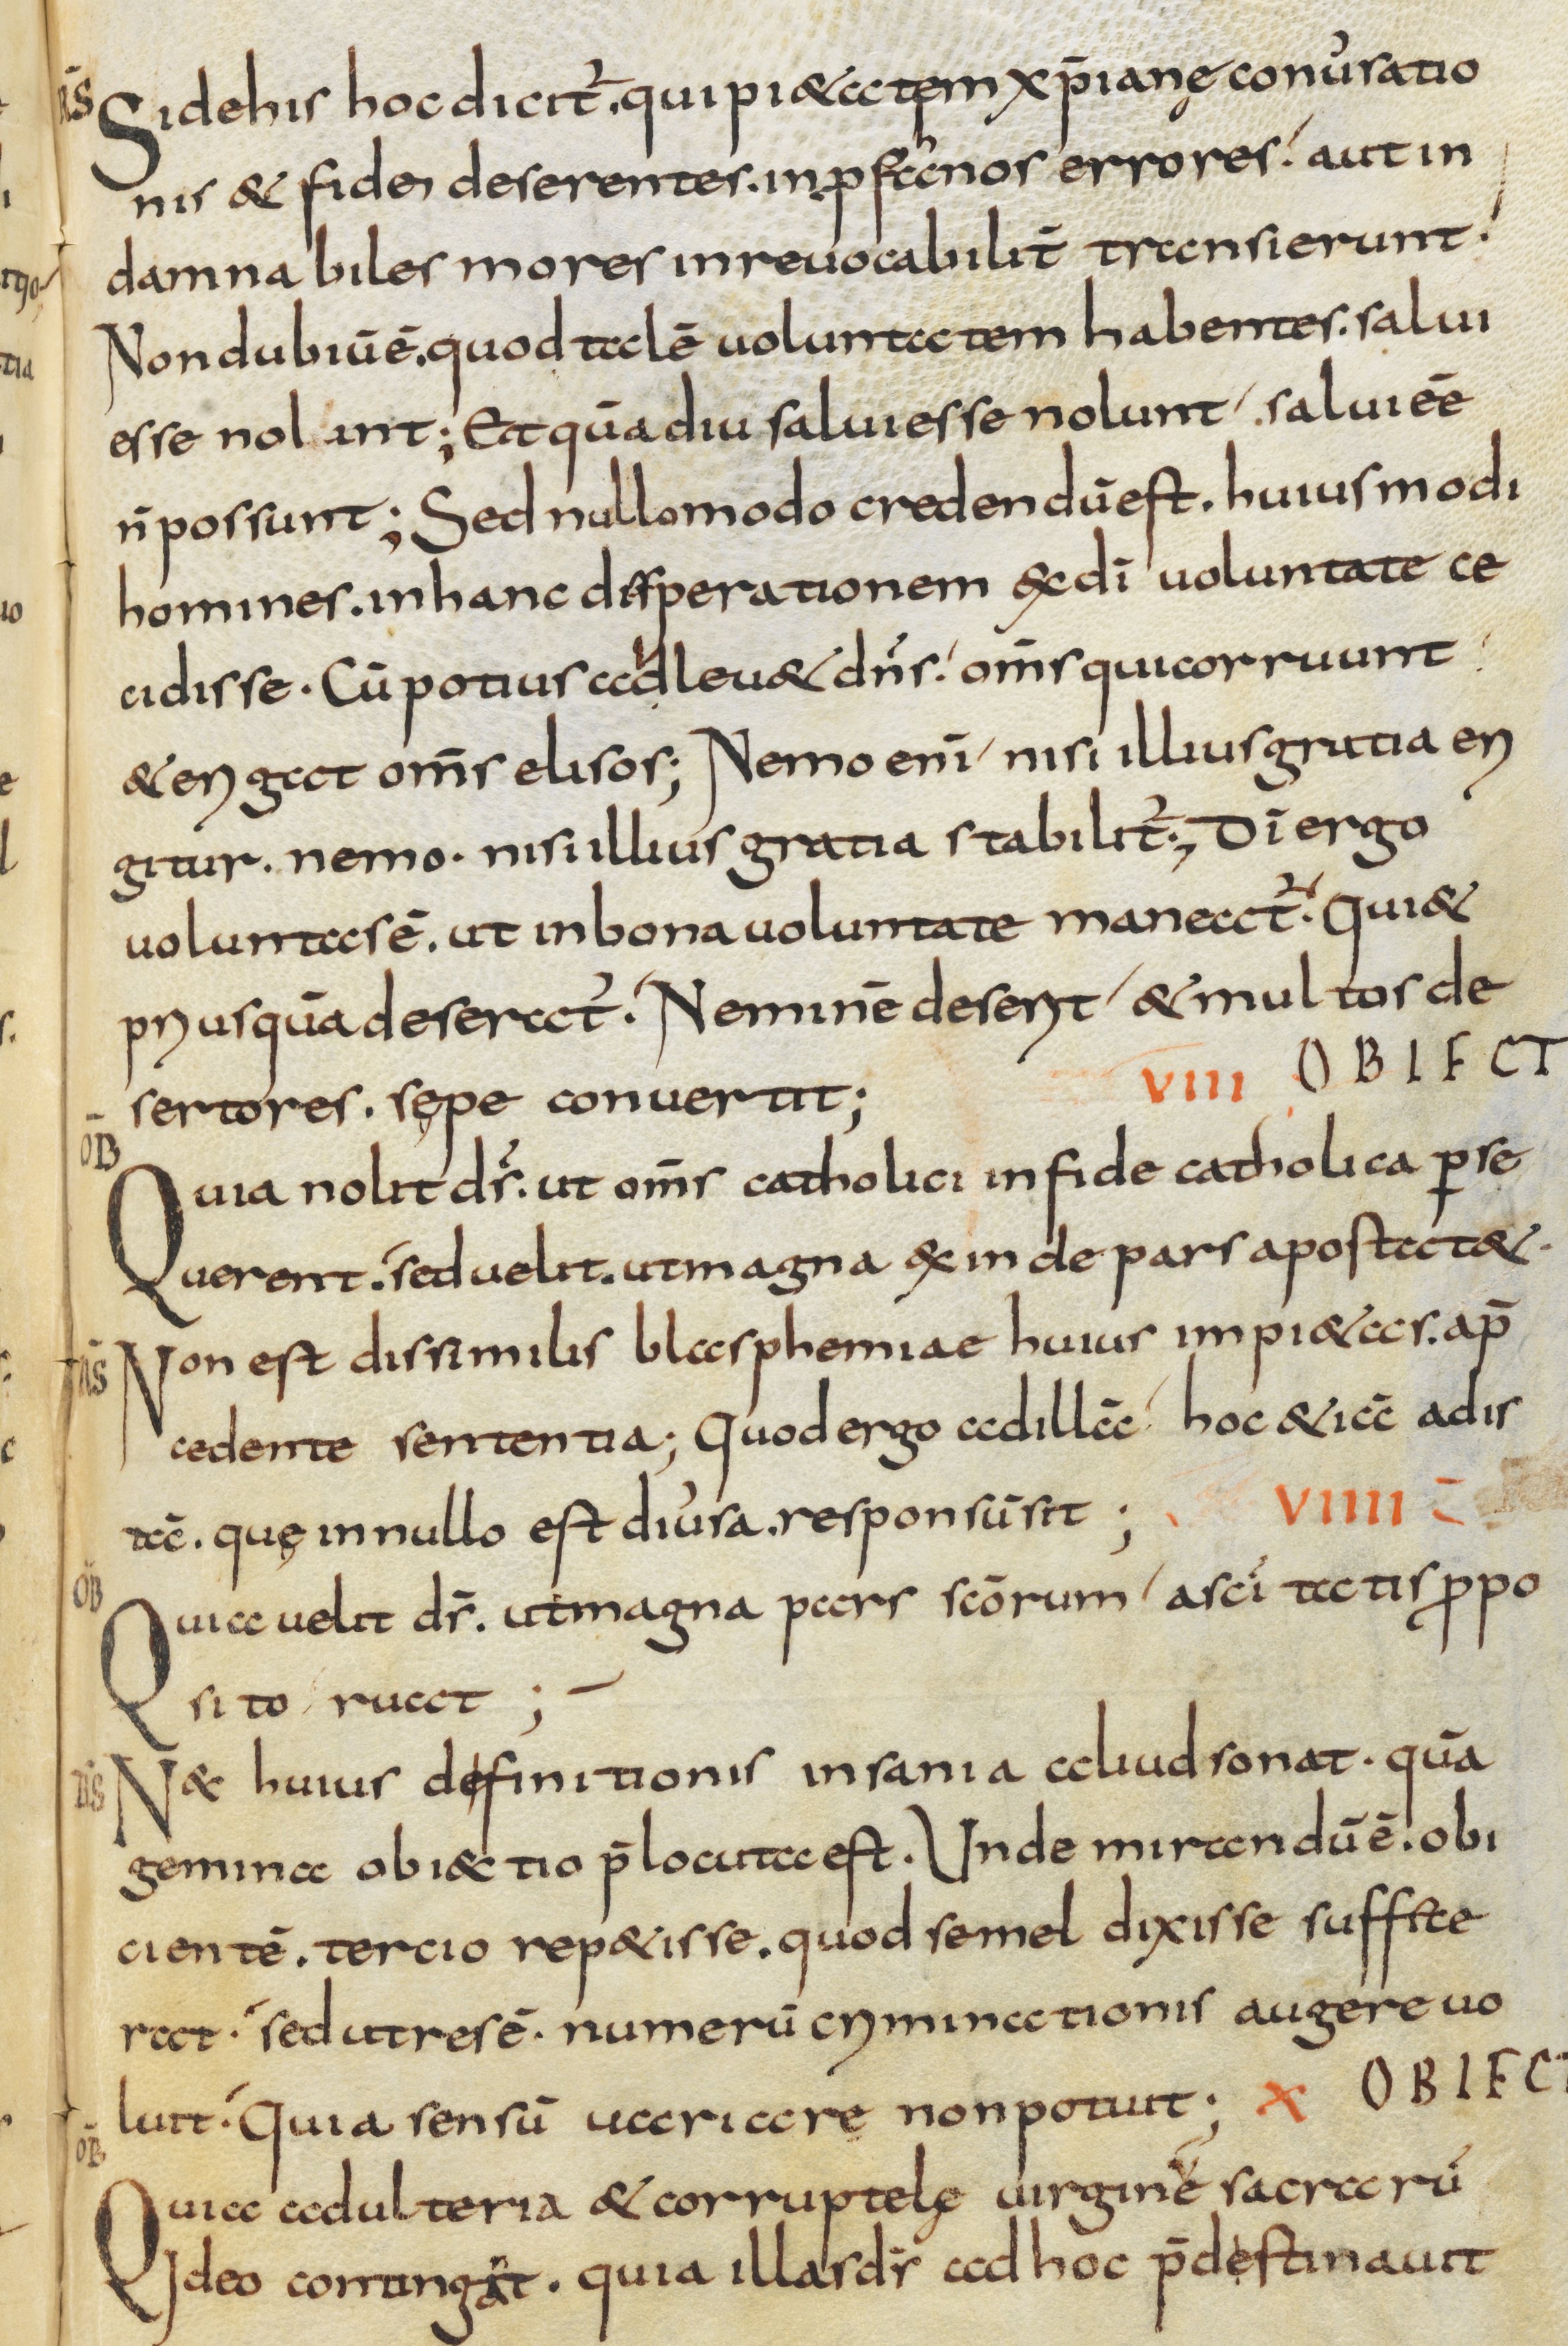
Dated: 800–1299